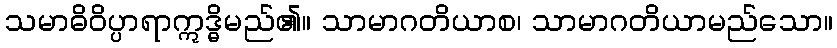
သမာဓိဝိပ္ပာရာဣဒ္ဓိမည်၏။ သာမာဂတိယာစ၊ သာမာဂတိယာမည်သော။